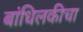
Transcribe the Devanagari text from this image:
बांधिलकीचा